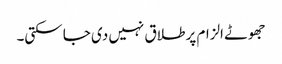
جھوٹے الزام پر طلاق نہیں دی جا سکتی۔